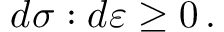
d { \boldsymbol { \sigma } } : d { \boldsymbol { \varepsilon } } \geq 0 \, .